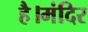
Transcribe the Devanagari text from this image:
है।मंदिर